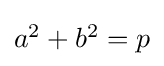
{\textstyle a^{2}+b^{2}=p}